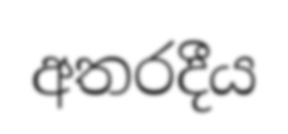
අතරදීය